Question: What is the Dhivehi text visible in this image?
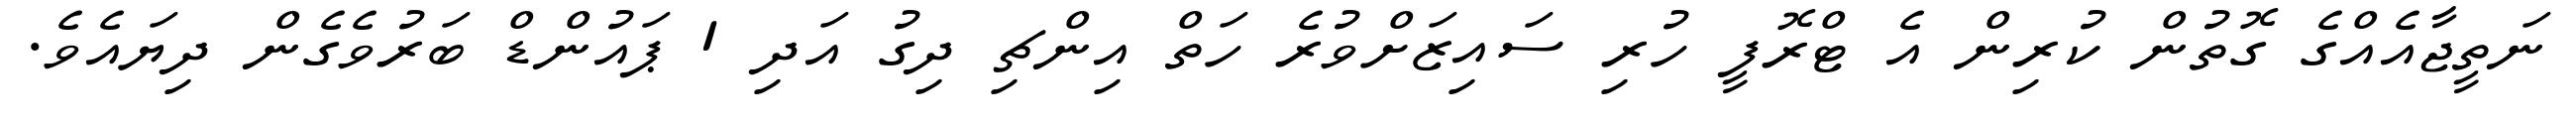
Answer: ނަތީޖާއެއްގެ ގޮތުން ކުރިން އެ ޓްރޮފީ ހުރި ސައިޒަށްވުރެ ހަތް އިންޗި ދިގު އަދި 1 ޕައުންޑް ބަރުވެގެން ދިޔައެވެ.